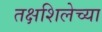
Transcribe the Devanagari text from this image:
तक्षशिलेच्या